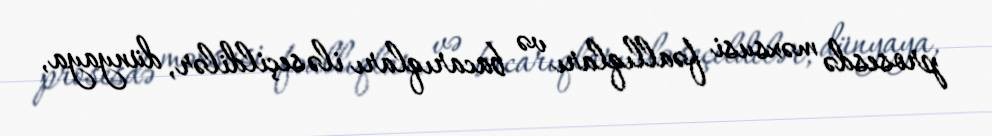
prosesdə məxsusi fəallıqları və bacarıqları ilə seçildilər, dünyaya,